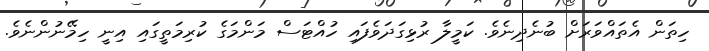
ހިތަން އެތައްވަރަށް ބުނެދިނެވެ. ކަމީލާ ރުޅިގަދަވެފައި ހުއްޓަސް މަންމަގެ ކުރިމަތީގައި އިނީ ހިމޭނުންނެވެ.